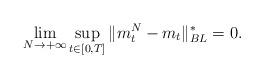
LaTeX: \begin{align*}\lim\limits_{N\to +\infty}\sup_{t\in [0,T]}\|m^N_t-m_t\|_{BL}^\ast=0.\end{align*}